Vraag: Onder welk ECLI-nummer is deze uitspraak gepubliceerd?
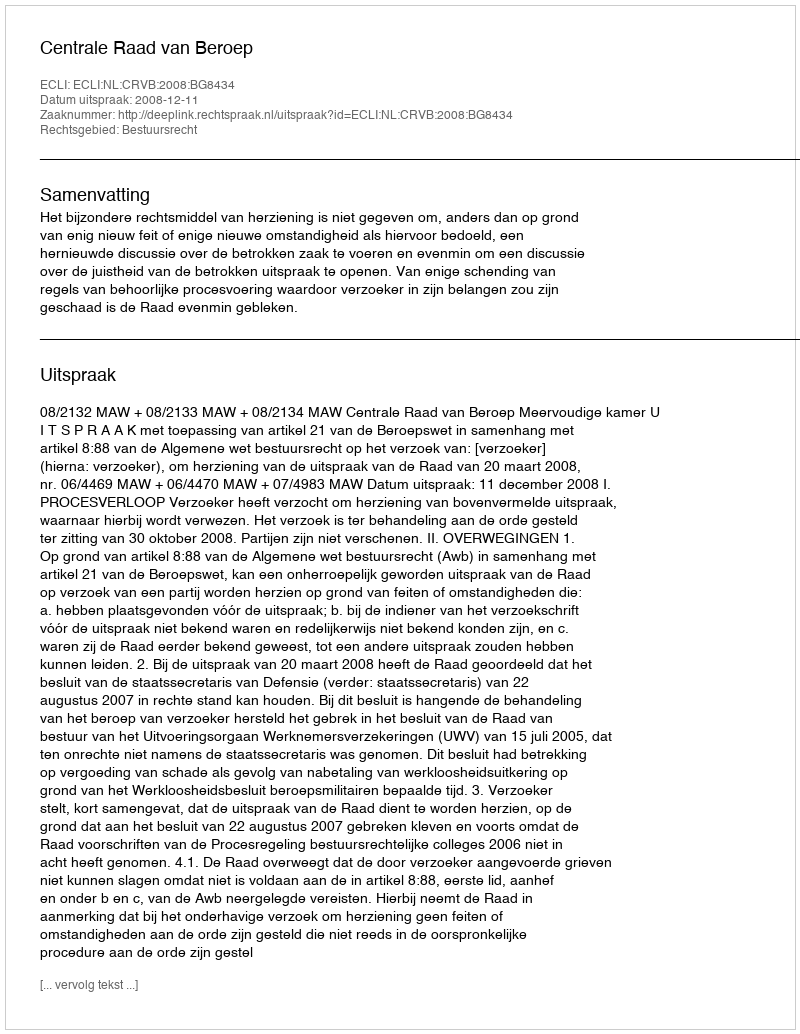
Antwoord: ECLI:NL:CRVB:2008:BG8434